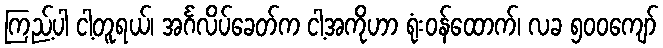
ကြည့်ပါ ငါ့တူရယ်၊ အင်္ဂလိပ်ခေတ်က ငါ့အကိုဟာ ရုံးဝန်ထောက်၊ လခ ၅၀၀ကျော်